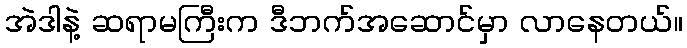
အဲဒါနဲ့ ဆရာမကြီးက ဒီဘက်အဆောင်မှာ လာနေတယ်။